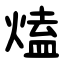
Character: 熆